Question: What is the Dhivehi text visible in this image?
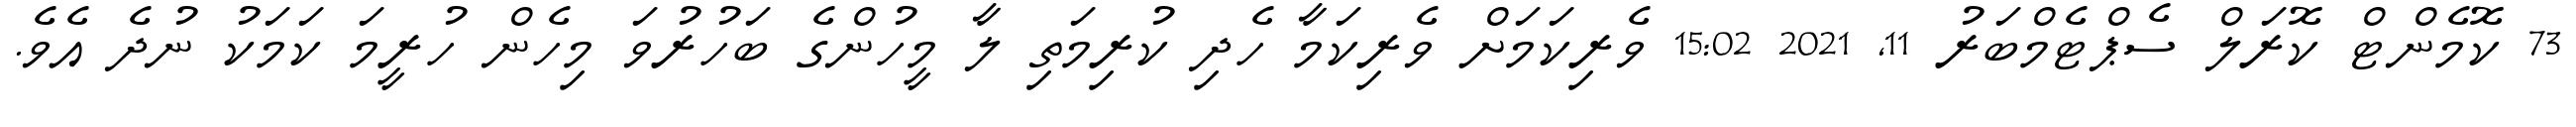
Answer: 73 ކޮމެންޓް ކޮރަލް ސެޕްޓެމްބަރު 11, 2021 15:02 ވެރިކަމަށް ވެރިކަމާ ހެދި ކުރިމަތި ލާ މީހުންގެ ބަހުރުވަ މިހެން ހުރީމަ ކަމަކު ނުދެ އެވެ.